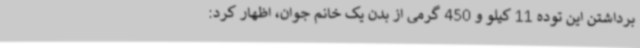
برداشتن این توده 11 کیلو و 450 گرمی از بدن یک خانم جوان، اظهار کرد: